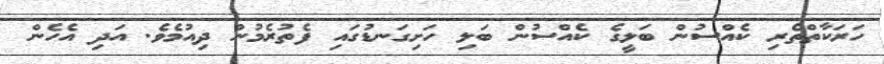
ހަރަކާތްތެރި ކެއްސުން ބަލީގެ ކެއްސުން ބަލި ހަށިގަނޑުގައި ފެތުރެމުން ދިއުމެވެ. އަދި އެހެން